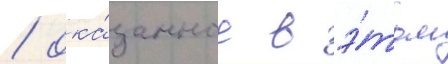
/ ока́занное в э́том